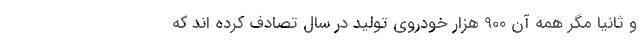
و ثانیاً مگر همه آن 900 هزار خودروی تولید در سال تصادف کرده اند که